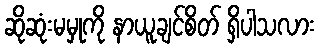
ဆိုဆုံးမမှုကို နာယူချင်စိတ် ရှိပါသလား